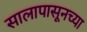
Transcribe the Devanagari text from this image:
सालापासूनच्या